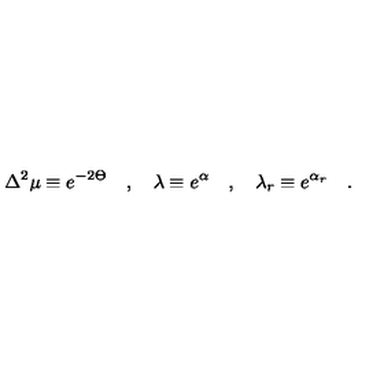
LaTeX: \Delta ^ { 2 } \mu \equiv e ^ { - 2 \Theta } \quad , \quad \lambda \equiv e ^ { \alpha } \quad , \quad \lambda _ { r } \equiv e ^ { \alpha _ { r } } \quad .